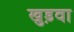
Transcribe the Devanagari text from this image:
खुड़वा